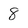
Character: 8